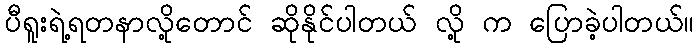
ပီရူးရဲ့ရတနာလို့တောင် ဆိုနိုင်ပါတယ် လို့ က ပြောခဲ့ပါတယ်။